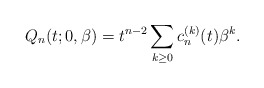
\begin{gather*}Q_n(t; 0,\beta)= t^{n-2}\sum_{k \ge 0} c_{n}^{(k)}(t) \beta^{k}.\end{gather*}